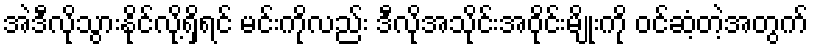
အဲဒီလိုသွားနိုင်လို့ရှိရင် မင်းကိုလည်း ဒီလိုအသိုင်းအဝိုင်းမျိုးကို ဝင်ဆံ့တဲ့အတွက်